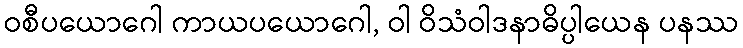
ဝစီပယောဂေါ ကာယပယောဂေါ, ဝါ ဝိသံဝါဒနာဓိပ္ပါယေန ပနဿ